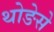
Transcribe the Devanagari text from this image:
थोङेसे